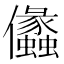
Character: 㒩